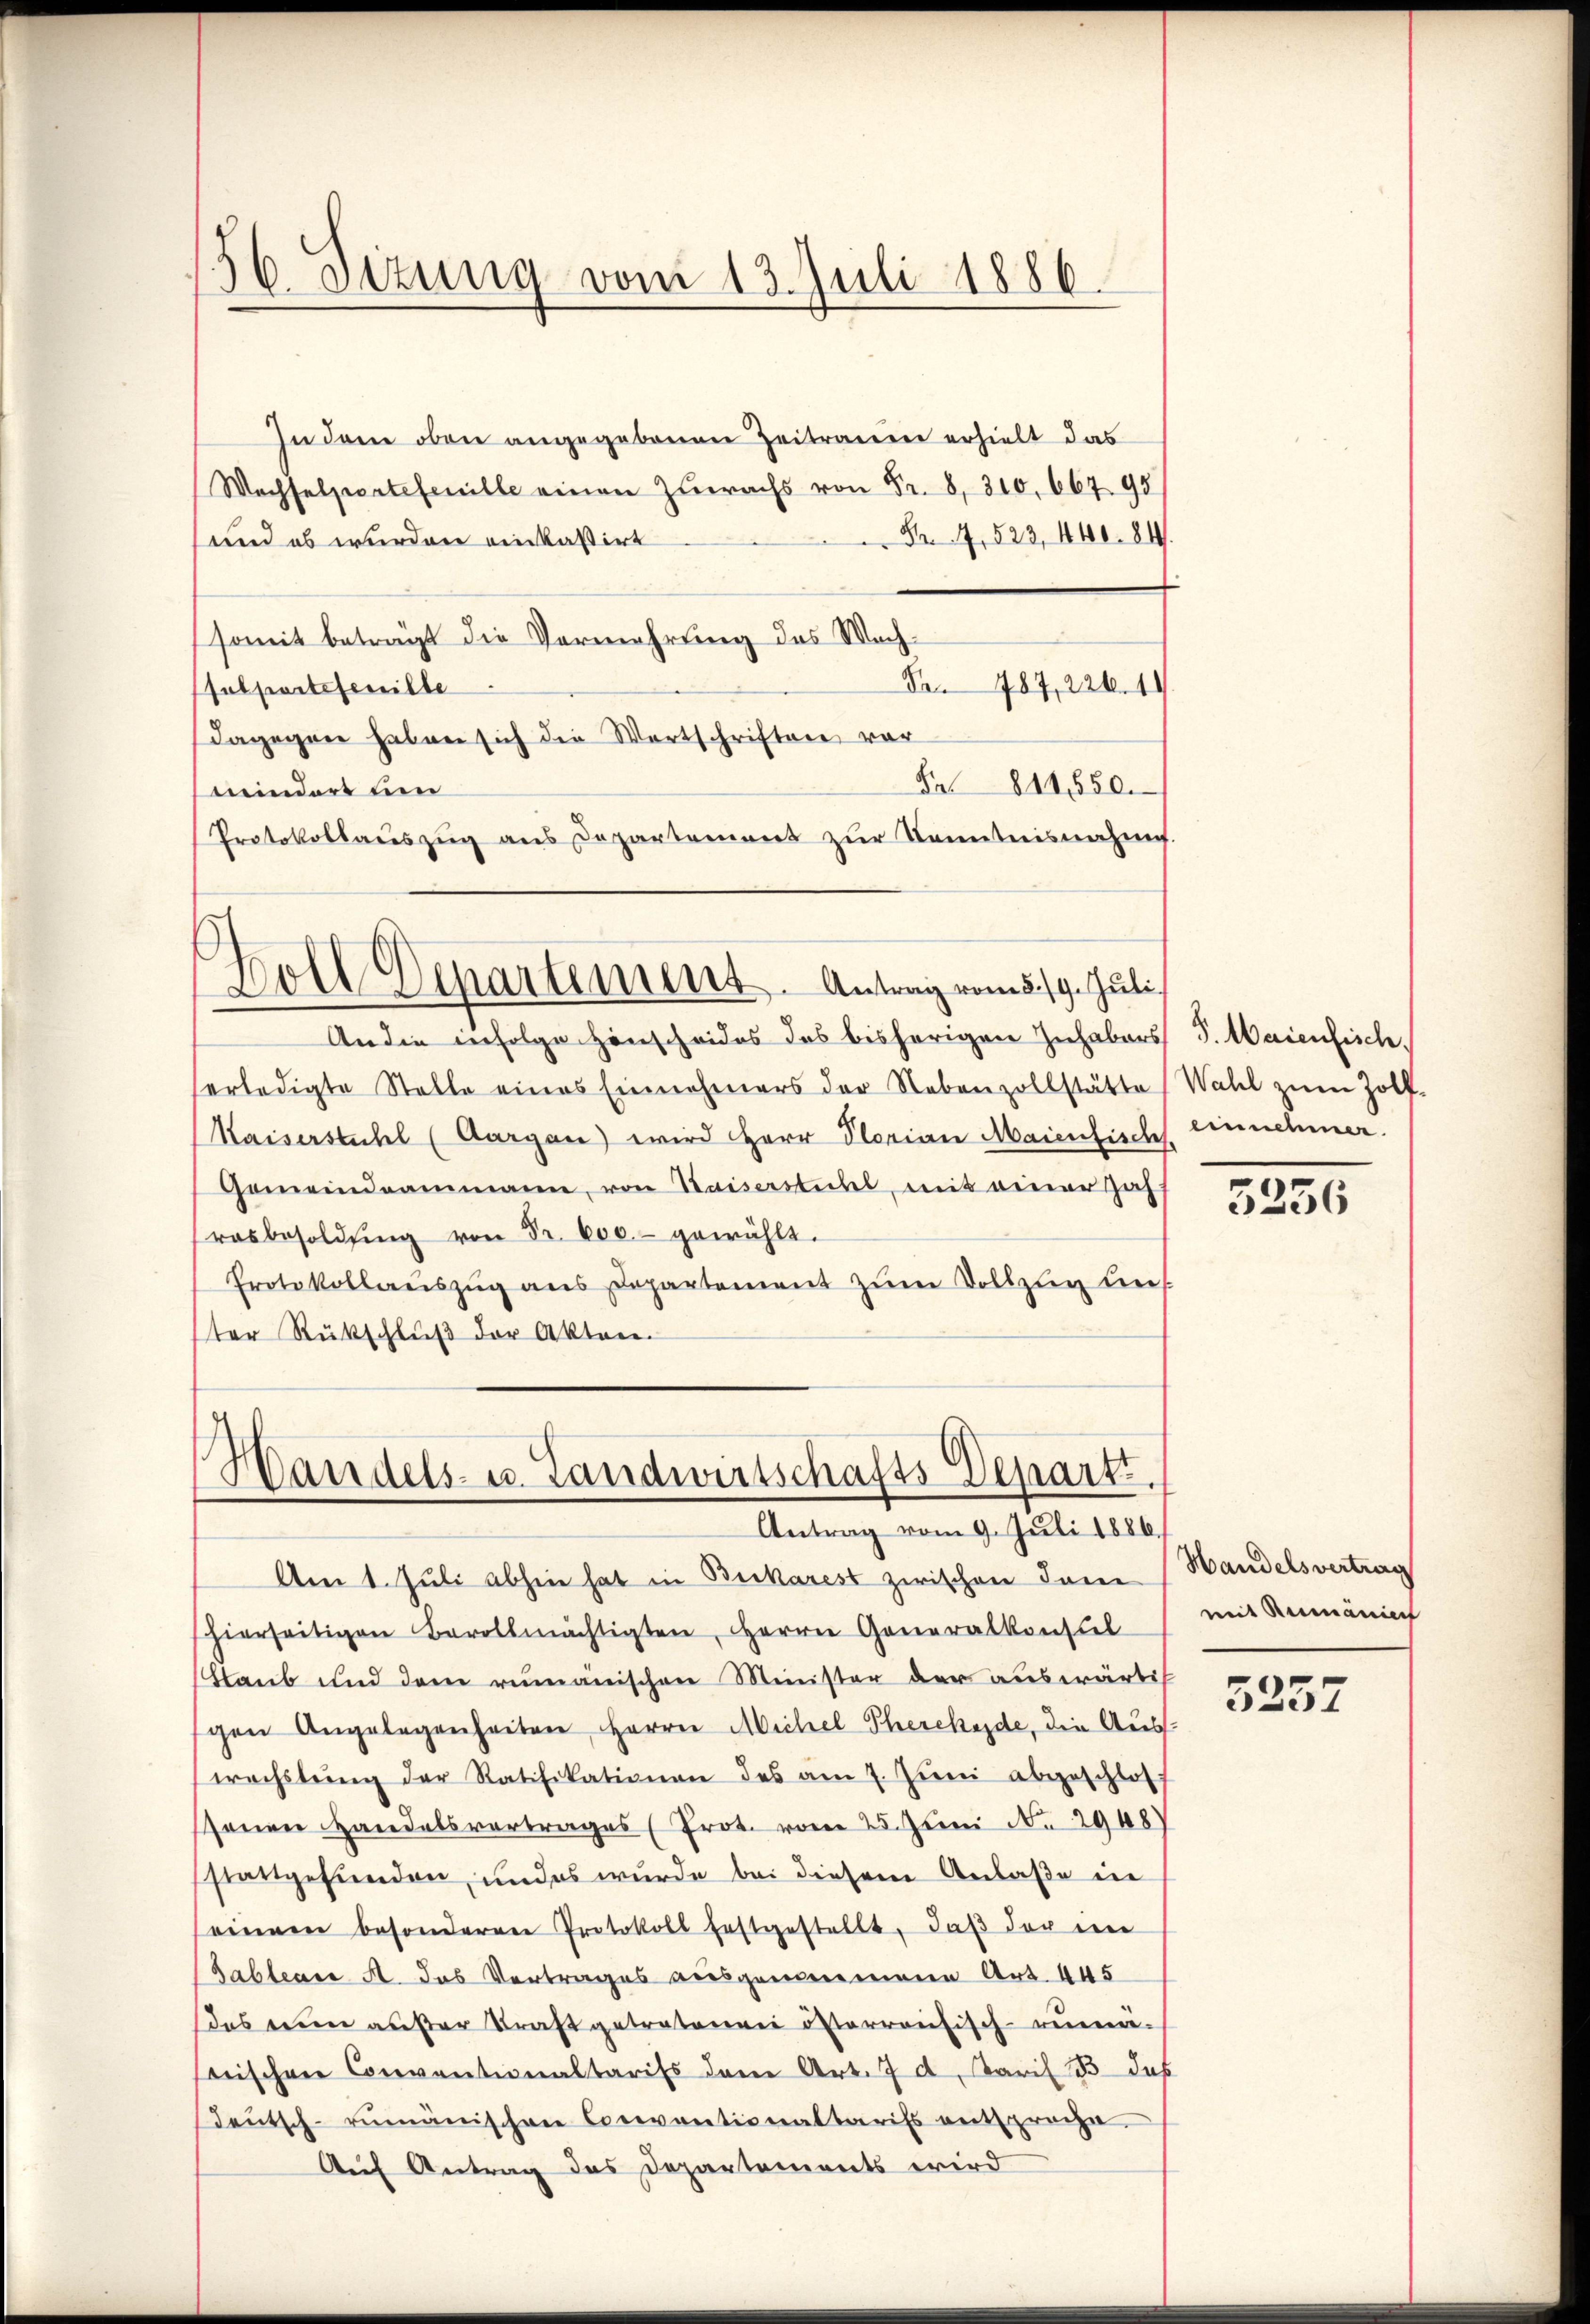
In dem oben angegebenen Zeitrauen erhielt das
Wachselpertefenille einen Zuwachs von Fr. 8. 310, 667. 98
Nr. 4, 523, 440. 84.
und es wurden einkassirt
somit beträgt die Vermehrung des Wach¬
No. 787, 226. 49
sulportsfenille
dagegen haben sich die Wortschriftere vor
S 811,550.
mindert um
Protokollauszug aus Departament zŭr Kenntnisnahme.

.
d
6. Dezung vom 13. Juli 1886.

Boll Departement. Antrag vom 5. 19. Juli

An die infolge Hinscheides des bisherigen Inhabers J. Maienfisch
erledigte Stelle eines Einnehmers der Nebenzollstätte Wahl zŭm Zolf-
Kaiserstuhl (Aargau) wird Herr Plorian Maienfischs einnehmer.
Gemeindeammann, von Waiserstuhl, mit einer Zah
rasbesoldung von Fr. 600.- gewählt.
Protokollaŭszŭg ans Departement zŭm Vollzug bes
ter Rückschlŭβ der Akten.

Handels- u. Landwirtschafts Departi
Antrag vom 9. Juli 1886.

Am 1. Juli abhin hat in Bickarest zwischen Inne (Handelsvertrag
(hierseitigen Bevollmächtigten, Herrn Generalkonsul
Glaub und dem rumänischen Minister der auswärtig
gen Angelegenheiten Herrn Michel Thercheide, die Auswachstŭng der Ratifikationen des am 7. Jŭni abgeschloss
sonen Handelsvertrages (Prot. vom 25. Juni 2948)
sstattgefunden, und es wurde bei diesem Anlaße in
einem besonderen Protokoll festgestellt, daß der ein
(Tableare A. das Vertrages ausgemeinene Art. 445
Das eine außer Kraft getretenen österreichisch-run-
bischen Conventionaltarifs dem Art. 7 d. Karl B. das
deŭtsch-rumänischen Conventionaltarifs entspreche,
Auf Antrag des Departements wird

3336

mit Rumänien

3257